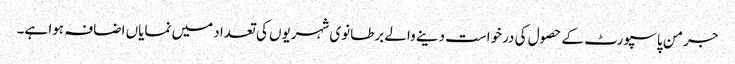
جرمن پاسپورٹ کے حصول کی درخواست دینے والے برطانوی شہریوں کی تعداد میں نمایاں اضافہ ہوا ہے۔